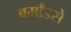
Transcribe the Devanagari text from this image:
बर्मांडसे